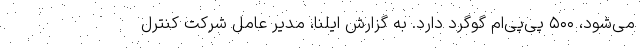
می‌شود، ۵۰۰ پی‌پی‌ام گوگرد دارد. به گزارش ایلنا، مدیر عامل شرکت کنترل